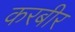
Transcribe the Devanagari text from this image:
करबीर